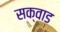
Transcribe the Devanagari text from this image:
सक्वाड